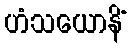
ဟံသယောနိံ